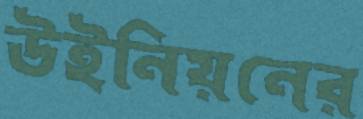
উইনিয়নের